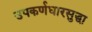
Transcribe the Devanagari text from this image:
उपकर्णधारसुद्धा